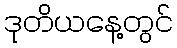
ဒုတိယနေ့တွင်